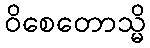
ဝိစေတောသ္မိ